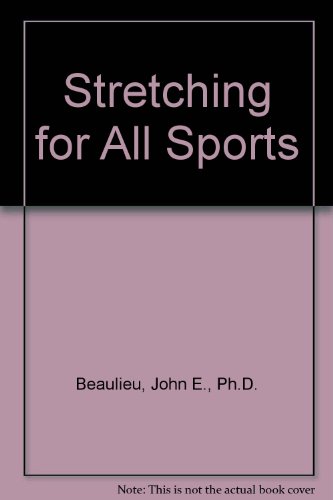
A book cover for Stretching for All Sports; John E., Ph.D. Beaulieu; Health, Fitness & Dieting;